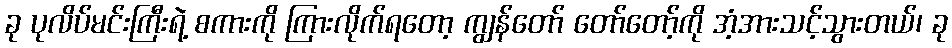
ခု ပုလိပ်မင်းကြီးရဲ့ စကားကို ကြားလိုက်ရတော့ ကျွန်တော် တော်တော့်ကို အံ့အားသင့်သွားတယ်၊ ခု